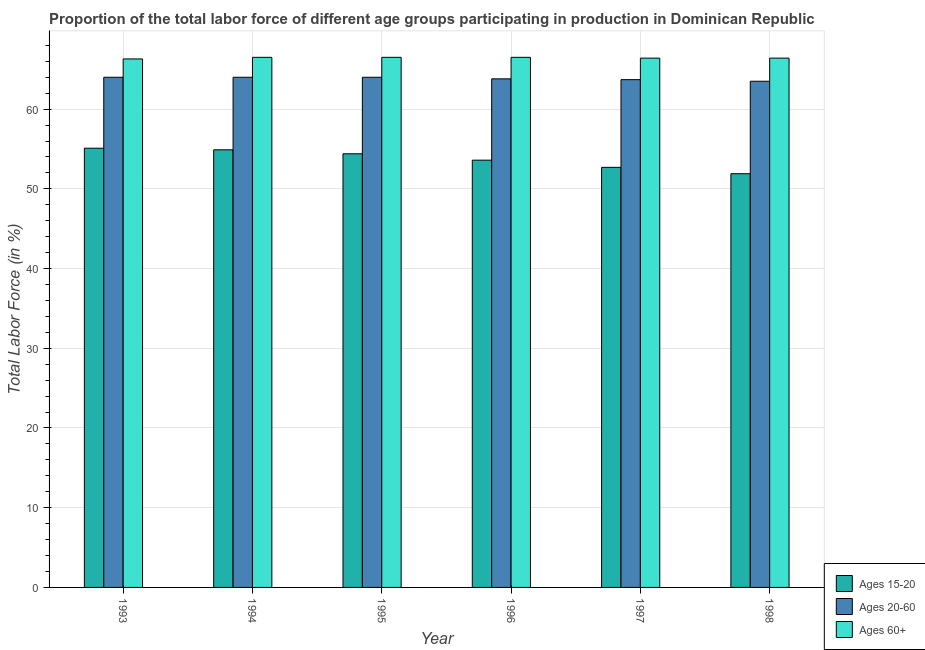
| Year | Ages 15-20 | Ages 20-60 | Ages 60+ |
 | --- | --- | --- | --- |
 | 1993 | 55.1 | 64 | 66.3 |
 | 1994 | 54.9 | 64 | 66.5 |
 | 1995 | 54.4 | 64 | 66.5 |
 | 1996 | 53.6 | 63.8 | 66.5 |
 | 1997 | 52.7 | 63.7 | 66.4 |
 | 1998 | 51.9 | 63.5 | 66.4 |